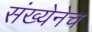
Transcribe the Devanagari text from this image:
संख्येनेच